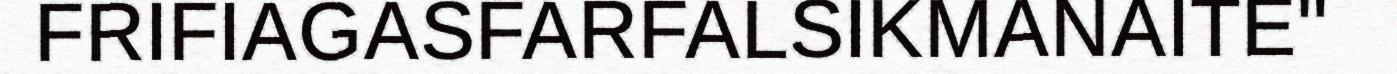
FRIFIAGASFARFALSIKMANAITE"